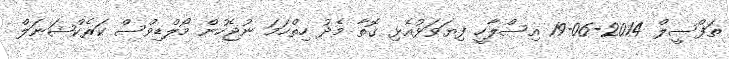
ތަފްސީލް 2014-06-19 އިސްލާހީ ފިޔަވަޅުއެޅި ގޮތާ މެދު ހިތްހަމަ ނުޖެހުން މޯލްޑިވްސް ކަރެކްޝަނަލް